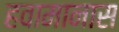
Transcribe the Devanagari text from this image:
हवामानास